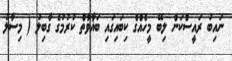
ނައިބު ރައީސްކަން ލިބޭ މީހެއްގެ ކިބައިގައި ބަޣާވާތް ކުރުމުގެ ގާބިލު ( މިސާލު